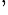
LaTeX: ^,